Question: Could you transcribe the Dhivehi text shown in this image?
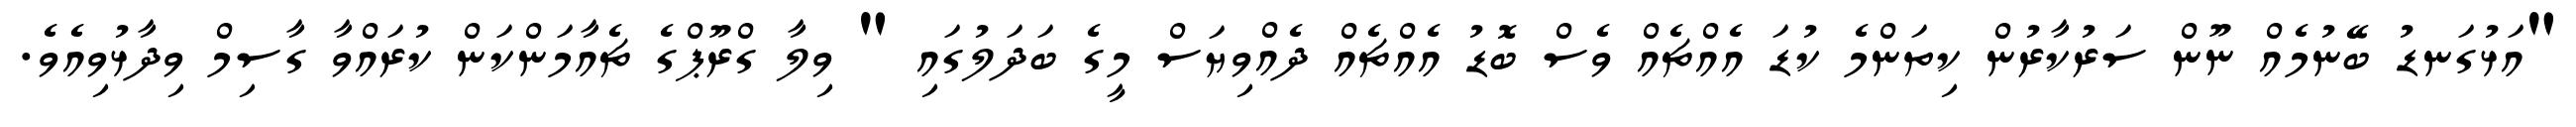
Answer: "އަޅުގަނޑު ބޭނުމެއް ނޫން ސަރުކާރުން ކިތަންމެ ކުޑަ އެއްޗެއް ވެސް ބޮޑު އެއްޗެއް ދެއްވިޔަސް މީގެ ބަދަލުގައި " ވިލާ ގްރޫޕްގެ ޗެއާމަންކަން ކުރައްވާ ގާސިމް ވިދާޅުވިއެވެ.